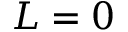
L = 0